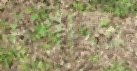
পোত